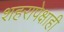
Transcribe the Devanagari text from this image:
शहरापेक्षाही